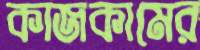
কাজকামের